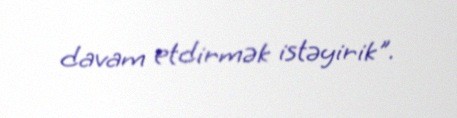
davam etdirmək istəyirik".